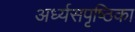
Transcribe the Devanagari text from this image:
अर्ध्यसपृष्ठिका